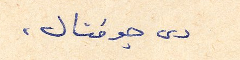
دى جوفنال.